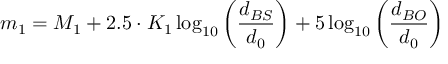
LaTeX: m _ { 1 } = M _ { 1 } + 2 . 5 \cdot K _ { 1 } \log _ { 1 0 } { \left( { \frac { d _ { B S } } { d _ { 0 } } } \right) } + 5 \log _ { 1 0 } { \left( { \frac { d _ { B O } } { d _ { 0 } } } \right) }